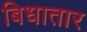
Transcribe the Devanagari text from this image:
बिधातार